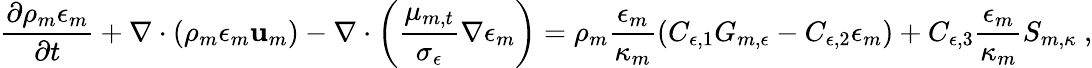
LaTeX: \frac{\partial\rho_{m}\epsilon_{m}}{\partial t}+\nabla\cdot\left(\rho_{m}\epsilon_{m}\mathbf{u}_{m}\right)-\nabla\cdot\left(\frac{\mu_{m,t}}{\sigma_{\epsilon}}\nabla\epsilon_{m}\right)=\rho_{m}\frac{\epsilon_{m}}{\kappa_{m}}\left(C_{\epsilon,1}G_{m,\epsilon}-C_{\epsilon,2}\epsilon_{m}\right)+C_{\epsilon,3}\frac{\epsilon_{m}}{\kappa_{m}}S_{m,\kappa}\ ,